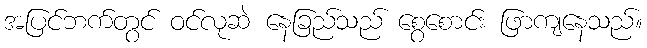
အပြင်ဘက်တွင် ဝင်လုဆဲ နေခြည်သည် စွေစောင်း ဖြာကျနေသည်။